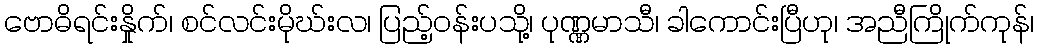
ဗောဓိရင်းနှိုက်၊ စင်လင်းမိုဃ်းလ၊ ပြည့်ဝန်းပသို့၊ ပုဏ္ဏမာသီ၊ ခါကောင်းပြီဟု၊ အညီကြိုက်ကုန်၊